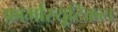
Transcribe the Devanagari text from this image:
फ़ार्मास्यूटिकल